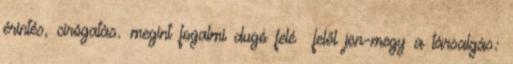
érintés, cirógatás. megint fogalmi dugó felé felől jön-megy a társalgás: